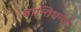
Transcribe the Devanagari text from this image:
शान्तिभन्दा